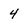
Character: 4